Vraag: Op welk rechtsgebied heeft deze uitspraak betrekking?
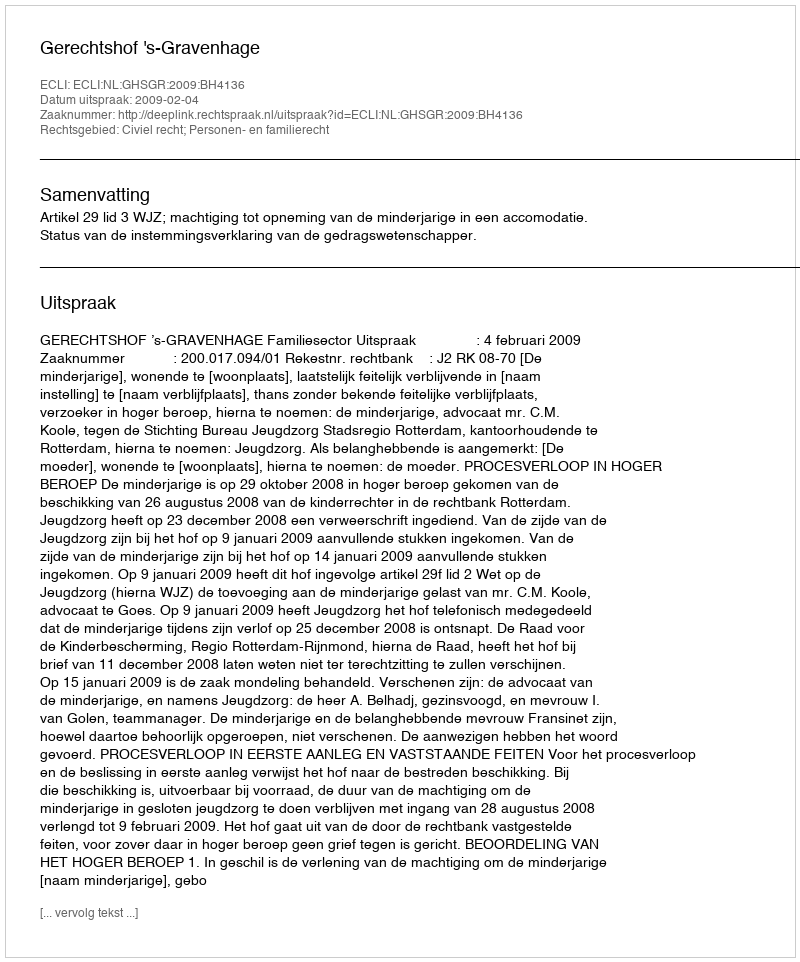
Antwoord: Civiel recht; Personen- en familierecht